Indian journal of veterinary science and animal husbandry - Volume 9,
Year: 1939
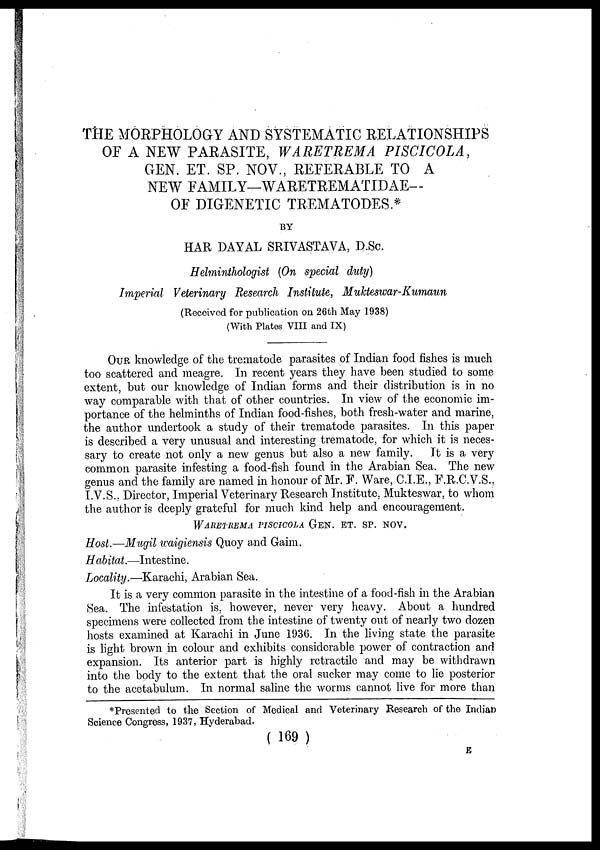
THE MORPHOLOGY AND SYSTEMATIC RELATIONSHIPS
OF A NEW PARASITE, WARETREMA PISCICOLA,
GEN. ET. SP. NOV., REFERABLE TO A
NEW FAMILY—WARETREMATIDAE—
OF DIGENETIC TREMATODES.*
BY
HAR DAYAL SRIVASTAVA, D.Sc.
Helminthologist (On special duty)
Imperial Veterinary Research Institute, Mukteswar-Kumaun
(Received for publication on 26th May 1938)
(With Plates VIII and IX)
OUR knowledge of the trematode parasites of Indian food fishes is much
too scattered and meagre. In recent years they have been studied to some
extent, but our knowledge of Indian forms and their distribution is in no
way comparable with that of other countries. In view of the economic im-
portance of the helminths of Indian food-fishes, both fresh-water and marine,
the author undertook a study of their trematode parasites. In this paper
is described a very unusual and interesting trematode, for which it is neces-
sary to create not only a new genus but also a new family. It is a very
common parasite infesting a food-fish found in the Arabian Sea. The new
genus and the family are named in honour of Mr. F. Ware, C.I.E., F.R.C.V.S.,
I.V.S., Director, Imperial Veterinary Research Institute, Mukteswar, to whom
the author is deeply grateful for much kind help and encouragement.
WARETREMA PISCICOLA GEN. ET. SP. NOV.
Host.—Mugil waigiensis Quoy and Gaim.
Habitat.—Intestine.
Locality.—Karachi, Arabian Sea.
It is a very common parasite in the intestine of a food-fish in the Arabian
Sea. The infestation is, however, never very heavy. About a hundred
specimens were collected from the intestine of twenty out of nearly two dozen
hosts examined at Karachi in June 1936. In the living state the parasite
is light brown in colour and exhibits considerable power of contraction and
expansion. Its anterior part is highly retractile and may be withdrawn
into the body to the extent that the oral sucker may come to lie posterior
to the acetabulum. In normal saline the worms cannot live for more than
*Presented to the Section of Medical and Veterinary Research of the Indian
Science Congress, 1937, Hyderabad.
( 169 )
E